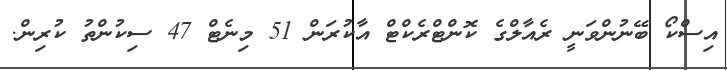
އިސްކޯ ބޭނުންވަނީ ރެއާލްގެ ކޮންޓްރެކްޓް އާކުރަން 51 މިނެޓް 47 ސިކުންތު ކުރިން.